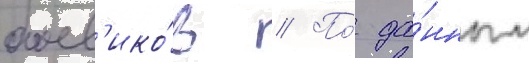
боев'ико́в // По́ да́нным